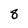
Character: 8